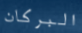
البركان